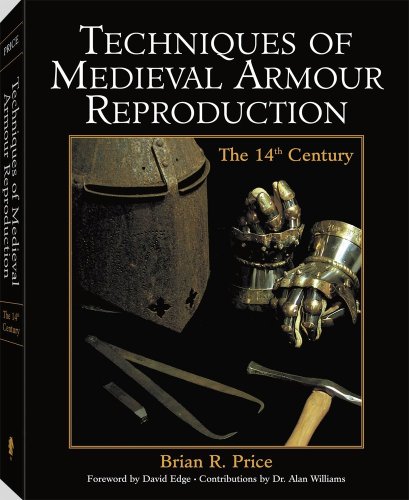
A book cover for Techniques Of Medieval Armour Reproduction: The 14th Century; Brian Price; Crafts, Hobbies & Home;